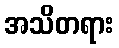
အသိတရား